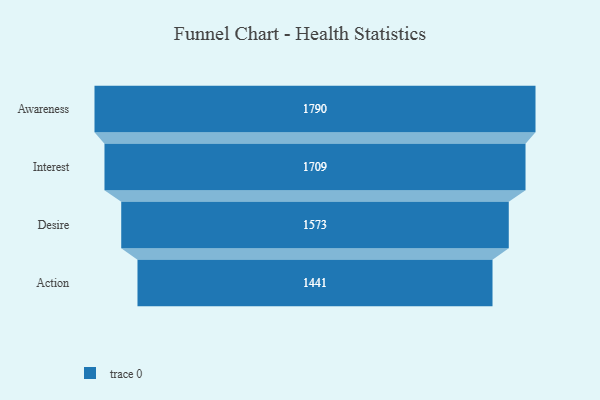
{"axis": {"x": "Stage", "y": "Value"}, "legend": [""], "data": [{"x": "Awareness", "y": 1790.0, "type": ""}, {"x": "Interest", "y": 1709.0, "type": ""}, {"x": "Desire", "y": 1573.0, "type": ""}, {"x": "Action", "y": 1441.0, "type": ""}]}